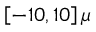
\left[ - 1 0 , 1 0 \right] \mu